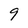
Character: 9